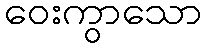
ဝေးကွာသော